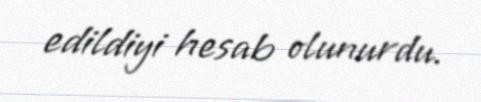
edildiyi hesab olunurdu.